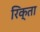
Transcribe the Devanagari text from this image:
रिक्ता